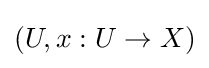
(U,x:U\to X)